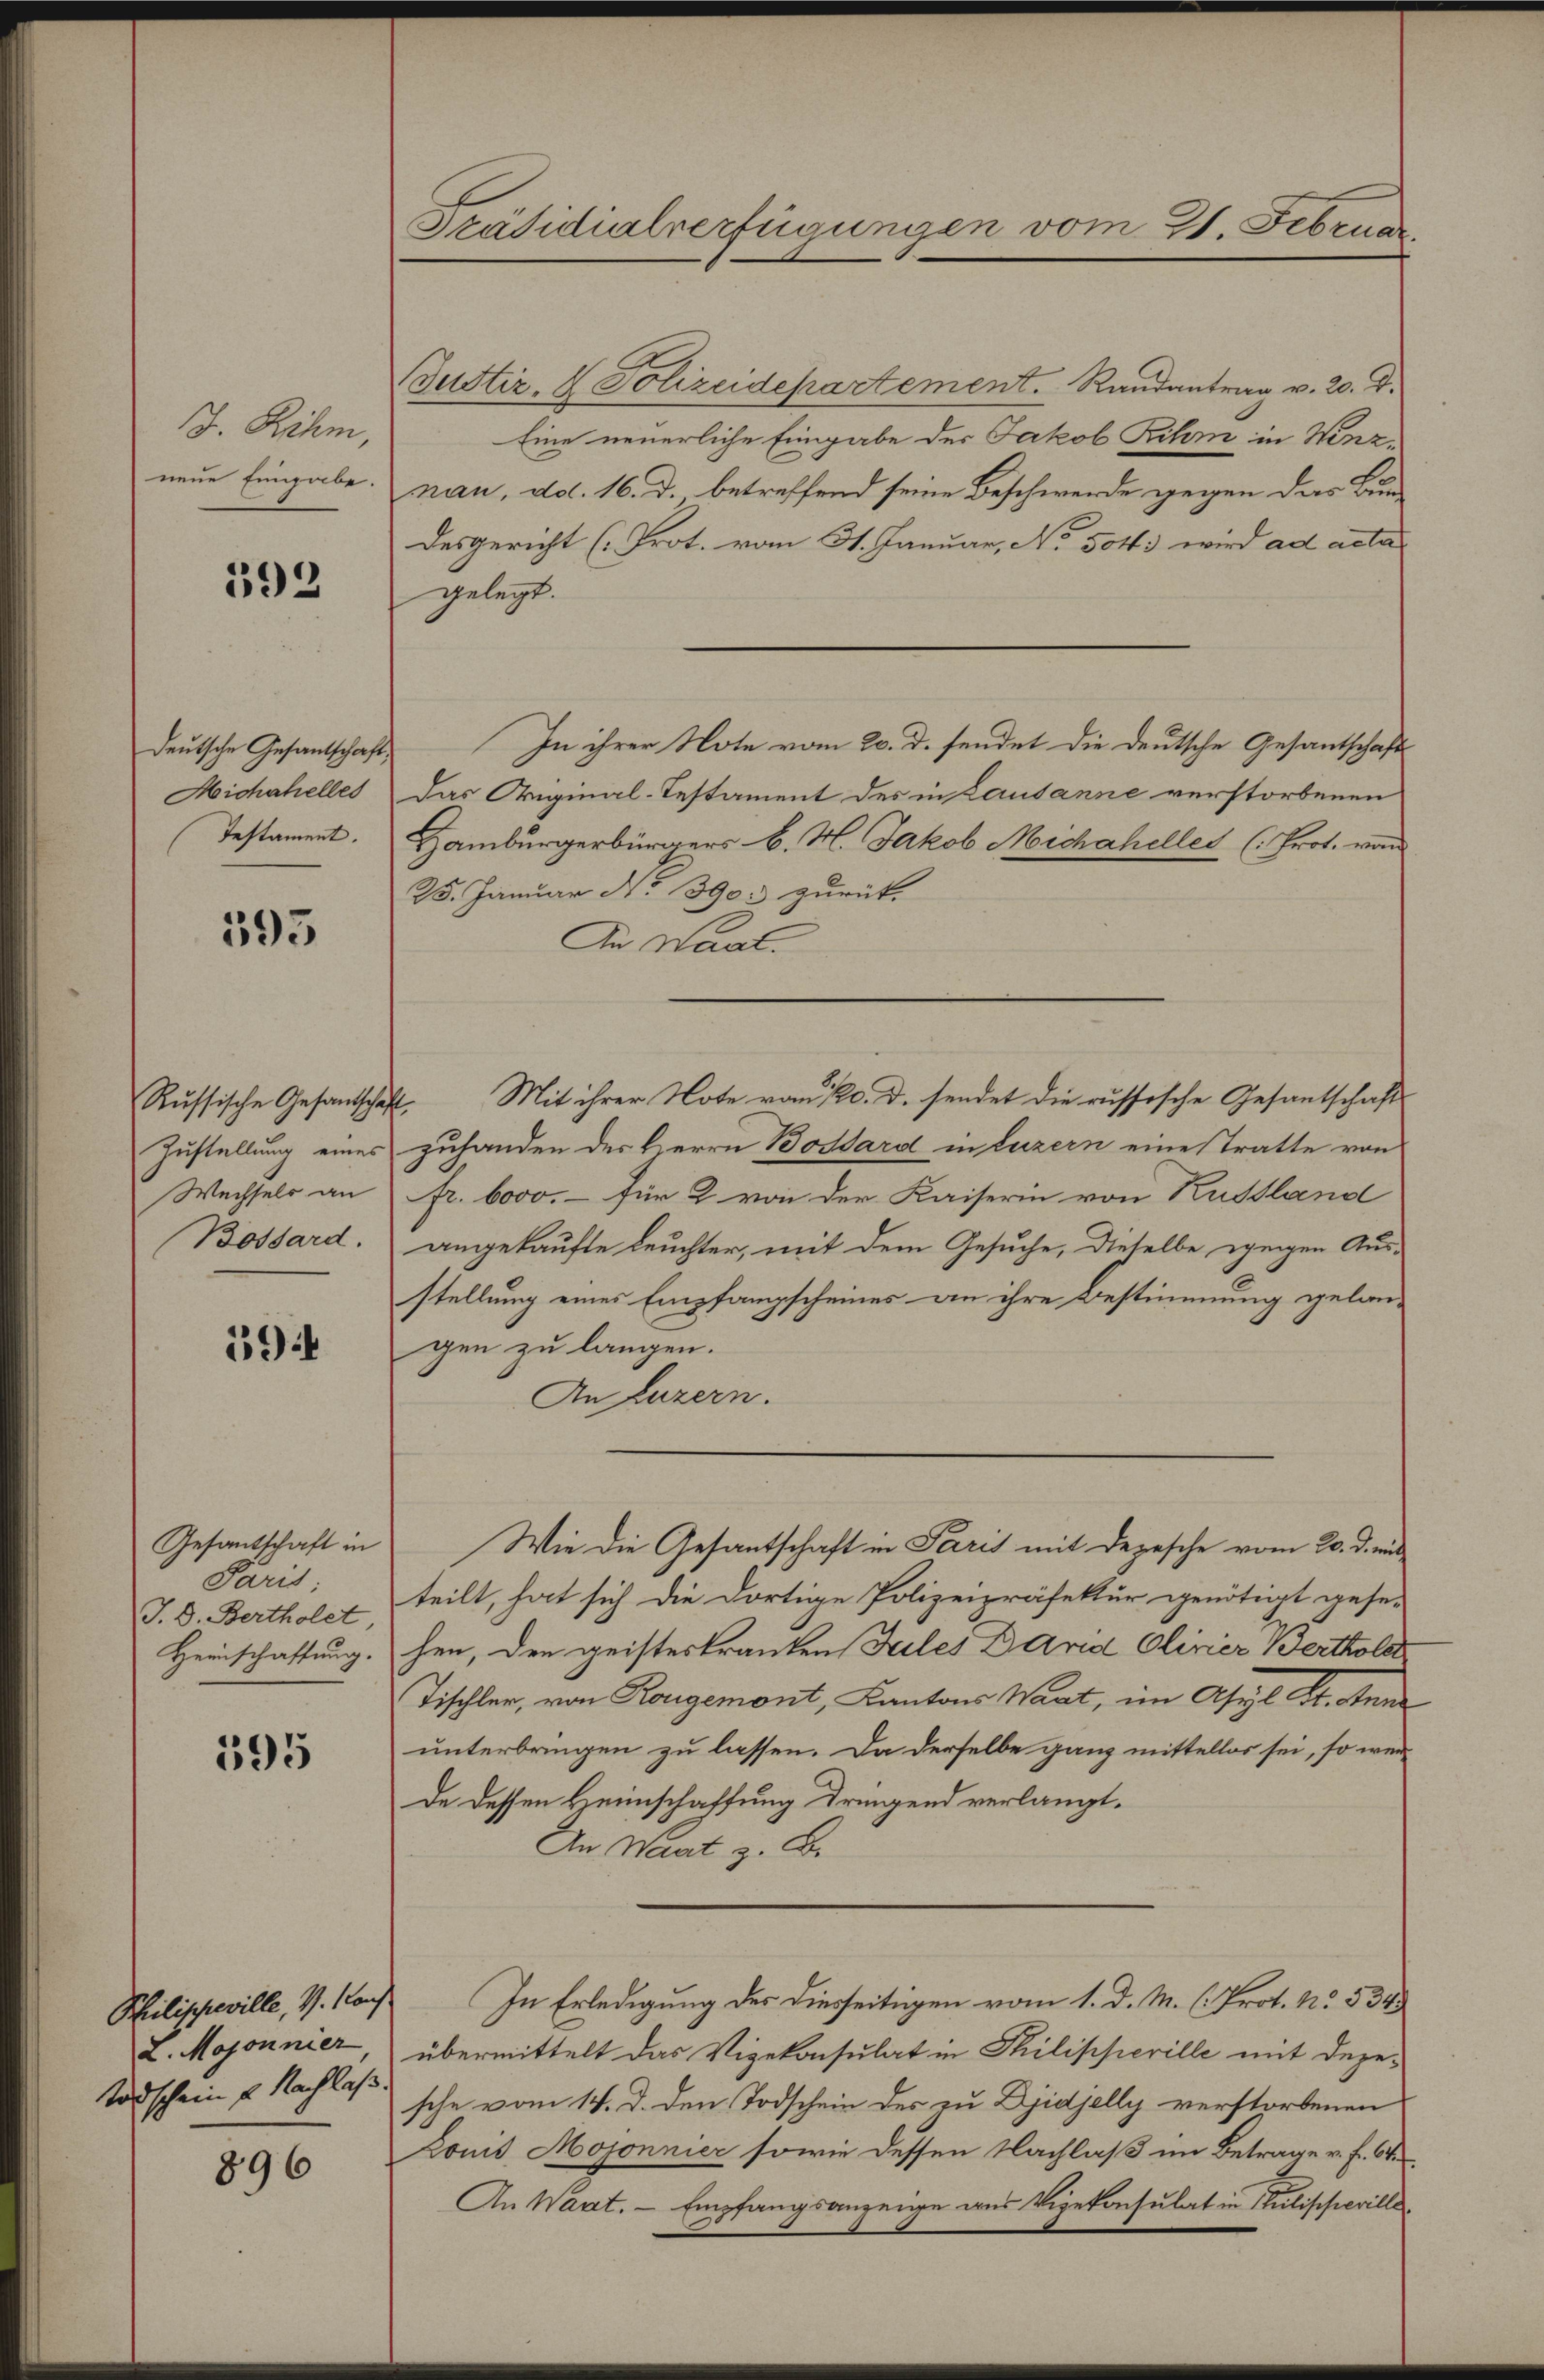
J. Rihm,
neue Eingabe.

592

deutsche Gesantschaft;
Michahelles
Testament.

395

Russische Gesandtschaft,
Wechsels an
Bossard.

594

Gesandtschaft in
Paris
J. D. Bertholet
Heinschaftung.

595

L. Majonnier
Todschein u. Nachlaß.

896

Präsidialverfügungen vom 21. Februar.

Justiz- & Polizeidepartement. Randantrag v. 20. d.
Eine neuerliche Eingabe des Jakob Rihm in Winznau, dd. 16. d. betreffend seine Beschwerde gegen das Bundesgericht (Prot. vom 31. Januar, No. 504. wird ad acta
gelegt.
In ihrer Note vom 20. d. sendet die deutsche Gesantschafts
Das Original-Testament des in Lausanne verstorbenen
Hamburgerbürgers b. N. Jakob Michaheller (Prot. von
25. Januar No. 390. zurück.
An Last.
Mit ihrer Note vom 20. d. sendet die russische Gesantschaft
Zustellung eines zuhanden des Herrn Bossard in Luzern eine Tratte von
fr. 6000.- für 2 von der Kaiserin von Kussland
angekaufte Leuchter, mit dem Gesuche, dieselbe zeigen Aus-
stellung eines Empfangscheines an ihre Bestimmung gelangen zu langen.
An Luzern.
Wie die Gesantschaft in Paris mit Depesche vom 20. d. mi
teilt, hat sich die dortige Polizeipräfektur genötigt gese-
hen, den geisteskranken Teiles David Olivier Bertholst
Tischler, von Rougemont, Kantons Wart, im Asyl Kt. Sten
unterbringen zu lassen. Da derselbe ganz mittellos sei, so werde dessen Heimschaffung dringend verlangt.
An Waat z. B.
Philischeville, V. Nach In Erledigung des diesseitigen vom 1. d. M. C. Prot. No. 534.
übermittelt das Vizekonsulat in Philipperille mit depesche vom 14. d. den Todschein des zu Djidjelly verstorbenen
Comit Mojonnier sowie dessen Nachlaß im Betrage v. f. 6
An Waat. - Empfangsanzeige aus Vizekonsulat in Pilipprille